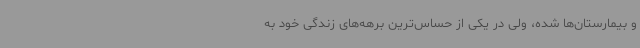
و بیمارستان‌ها شده‌، ولی در یکی از حساس‌ترین برهه‌های زندگی خود به